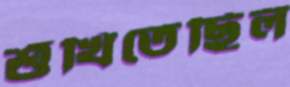
শুঁখিতেছিল